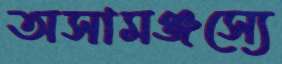
অসামঞ্জস্যে